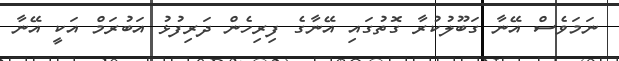
ނަމަވެސް އޭނާ ގަބޫލުކުރާ ގޮތުގައި އޭނާގެ ފިރިހެން ދަރިފުޅު އަބުރަމް އަކީ އޭނާ